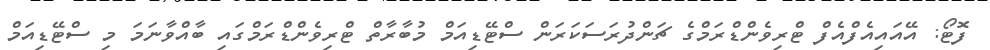
ފޮޓޯ: އޭއައިއެފްއެފް ޓްރިވެންޑްރަމްގެ ޗަންދުރަސަކަރަން ސްޓޭޑިއަމް މުބާރާތް ޓްރިވެންޑްރަމްގައި ބާއްވާނަމަ މި ސްޓޭޑިއަމް